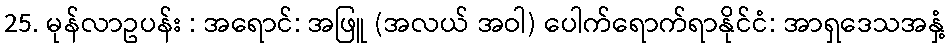
25. မုန်လာဥပန်း : အရောင်: အဖြူ (အလယ် အဝါ) ပေါက်ရောက်ရာနိုင်ငံ: အာရှဒေသအနှံ့